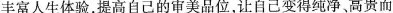
丰富人生体验，提高自己的审美品位，让自己变得纯净、高贵而